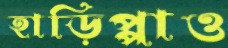
হাড়িপ্পাও